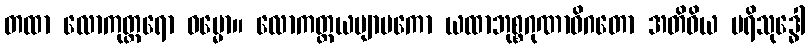
တထာ လောကုတ္တရော ဓမ္မော။ လောကတ္တယဗျာပကော ယထာဘုစ္စဂုဏာဓိဂတော အတိဝိယ ပရိသုဒ္ဓေါ